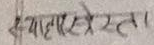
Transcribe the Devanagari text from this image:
क्यारेटेटला